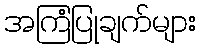
အကြံပြုချက်များ